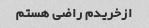
ازخریدم راضی هستم